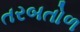
તરબતોળ